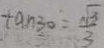
\tan 3 0 ^ { \circ } = \frac { \sqrt { 3 } } { 3 }